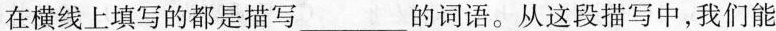
在横线上填写的都是描写___的词语。从这段描写中，我们能